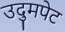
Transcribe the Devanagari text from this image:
उदुमपेट